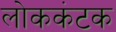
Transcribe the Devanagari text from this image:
लोककंटक